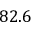
8 2 . 6